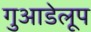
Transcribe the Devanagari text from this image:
गुआडेलूप